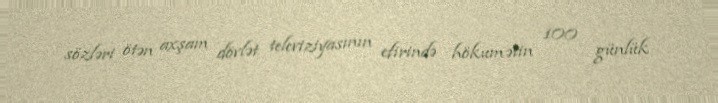
sözləri ötən axşam dövlət televiziyasının efirində hökumətin 100 günlük